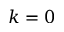
k = 0